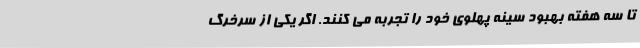
تا سه هفته بهبود سینه پهلوی خود را تجربه می کنند. اگر یکی از سرخرگ